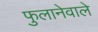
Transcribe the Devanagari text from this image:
फुलानेवाले